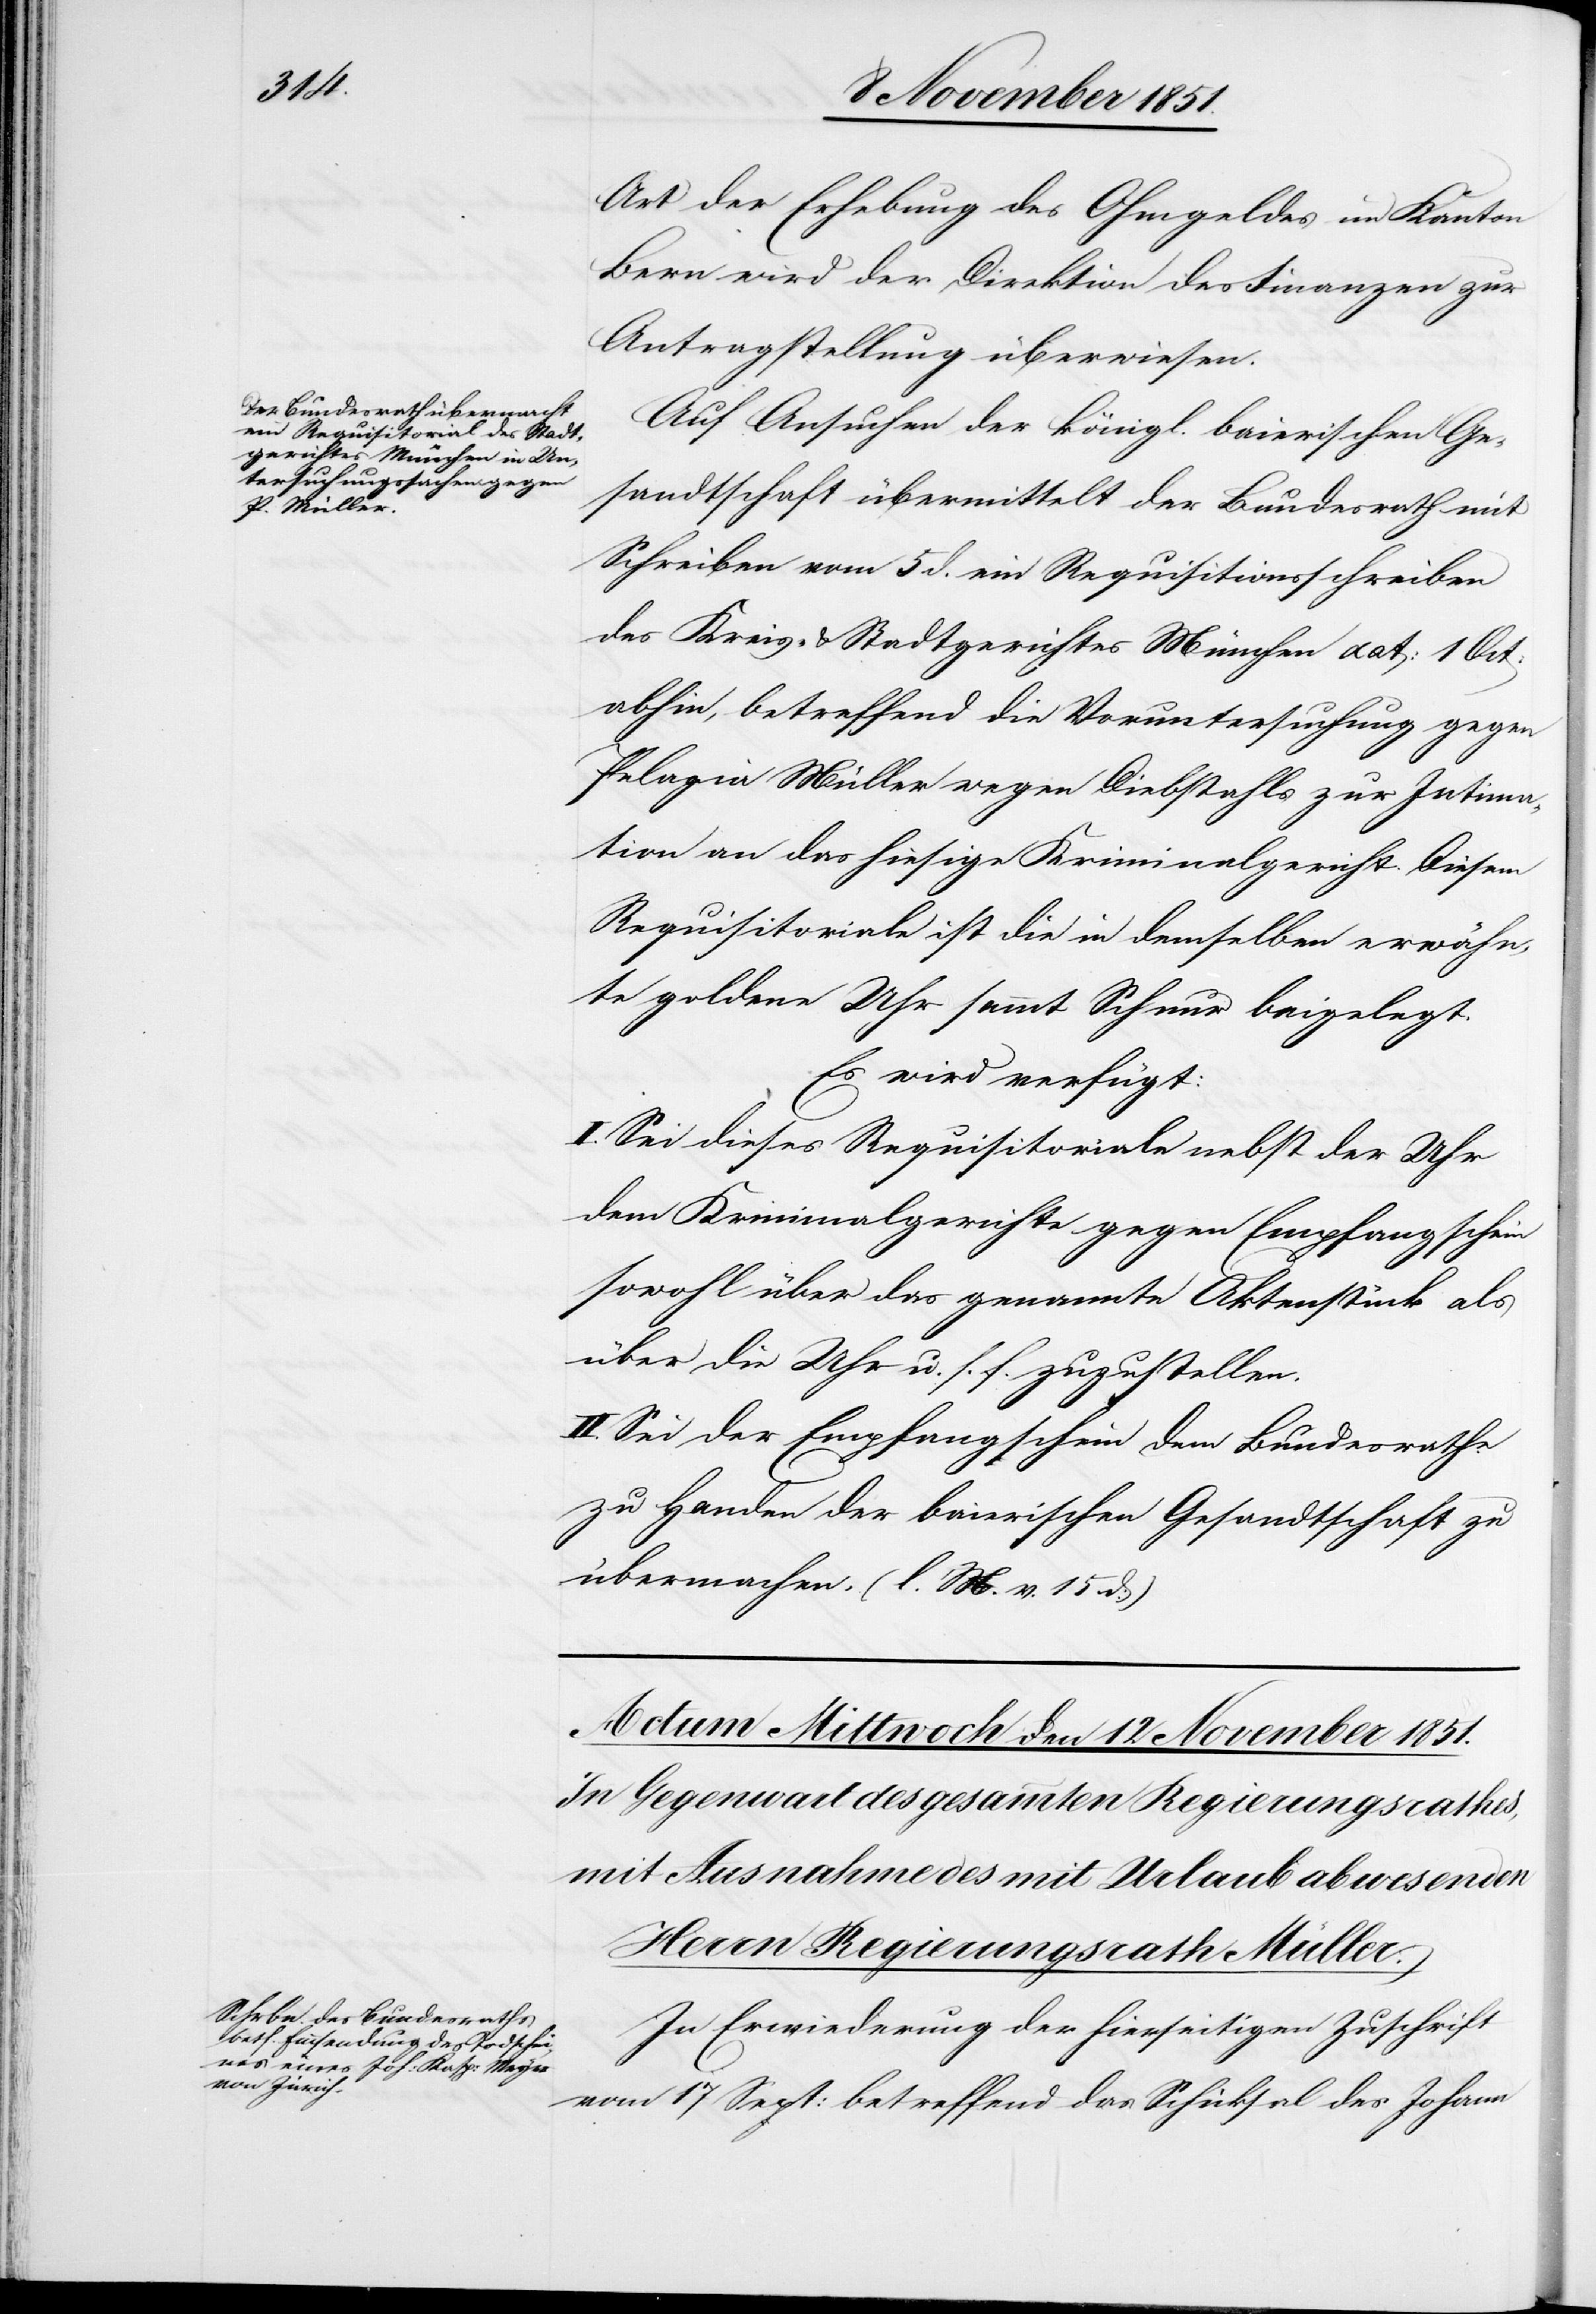
10 November 1851.]
Art der Erhebung des Ohmgeldes im Kanton
Bern wird der Direktion des [sic!] Finanzen zur
Antragstellung überwiesen.
Auf Ansuchen der königl. baierischen Ge¬
sandtschaft übermittelt der Bundesrath mit
Schreiben vom 5 d. ein Requisitionsschreiben
des Kreis- & Stadtgerichtes München dat: 1 Oct:
abhin, betreffend die Voruntersuchung gegen
Pelagia Müller wegen Diebstahls zur Intima¬
tion an das hiesige Kriminalgericht. Diesem
Requisitoriale ist die in demselben erwähn¬
te goldene Uhr sammt Schnur beigelegt.
Es wird verfügt:
I. Sei dieses Requisitoriale nebst der Uhr
dem Kriminalgerichte gegen Empfangschein
sowohl über das genannte Aktenstück als
über die Uhr u. s. f. zuzustellen.
II. Sei der Empfangschein dem Bundesrathe
zu Handen der baierischen Gesandtschaft zu
übermachen. (l. M. v. 15 d:)
In Erwiederung der hierseitigen Zuschrift
vom 17 Sept: betreffend das Schicksal des Johann